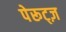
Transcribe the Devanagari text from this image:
पेरूट्ज़